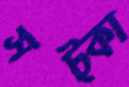
সট্‌কা